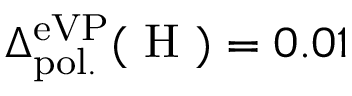
\Delta _ { \mathrm { p o l . } } ^ { \mathrm { e V P } } ( \mathrm { ~ H ~ } ) = 0 . 0 1